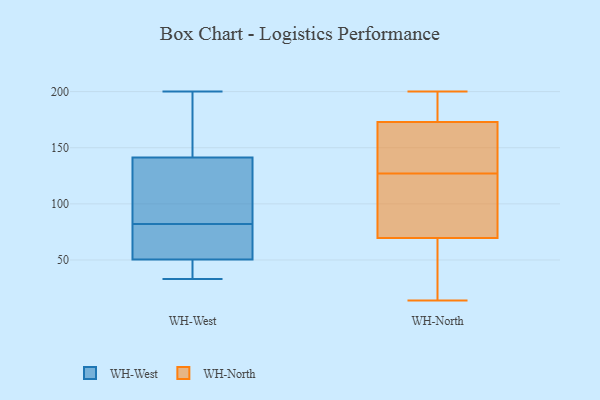
{"axis": {"x": "Operating Costs (USD K)", "y": "Value"}, "legend": ["WH-North", "WH-West"], "data": [{"x": "", "y": 144, "type": "WH-West"}, {"x": "", "y": 66, "type": "WH-West"}, {"x": "", "y": 46, "type": "WH-West"}, {"x": "", "y": 200, "type": "WH-West"}, {"x": "", "y": 47, "type": "WH-West"}, {"x": "", "y": 77, "type": "WH-West"}, {"x": "", "y": 106, "type": "WH-West"}, {"x": "", "y": 136, "type": "WH-West"}, {"x": "", "y": 135, "type": "WH-West"}, {"x": "", "y": 52, "type": "WH-West"}, {"x": "", "y": 69, "type": "WH-West"}, {"x": "", "y": 48, "type": "WH-West"}, {"x": "", "y": 82, "type": "WH-West"}, {"x": "", "y": 195, "type": "WH-West"}, {"x": "", "y": 83, "type": "WH-West"}, {"x": "", "y": 33, "type": "WH-West"}, {"x": "", "y": 143, "type": "WH-West"}, {"x": "", "y": 195, "type": "WH-West"}, {"x": "", "y": 50, "type": "WH-West"}, {"x": "", "y": 200, "type": "WH-North"}, {"x": "", "y": 178, "type": "WH-North"}, {"x": "", "y": 89, "type": "WH-North"}, {"x": "", "y": 132, "type": "WH-North"}, {"x": "", "y": 127, "type": "WH-North"}, {"x": "", "y": 66, "type": "WH-North"}, {"x": "", "y": 80, "type": "WH-North"}, {"x": "", "y": 190, "type": "WH-North"}, {"x": "", "y": 20, "type": "WH-North"}, {"x": "", "y": 173, "type": "WH-North"}, {"x": "", "y": 83, "type": "WH-North"}, {"x": "", "y": 61, "type": "WH-North"}, {"x": "", "y": 137, "type": "WH-North"}, {"x": "", "y": 14, "type": "WH-North"}, {"x": "", "y": 173, "type": "WH-North"}, {"x": "", "y": 180, "type": "WH-North"}, {"x": "", "y": 114, "type": "WH-North"}, {"x": "", "y": 24, "type": "WH-North"}, {"x": "", "y": 129, "type": "WH-North"}]}